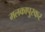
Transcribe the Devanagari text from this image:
मलकापुरकर